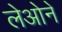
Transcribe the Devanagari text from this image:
लेओने